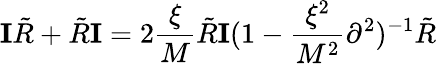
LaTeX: {\mathbf I}{\tilde{R}}+{\tilde{R}}{\mathbf I}=2\frac{\xi}{M}{\tilde{R}}{\mathbf I}(1-\frac{\xi^{2}}{M^{2}}\partial^{2})^{-1}{\tilde{R}}